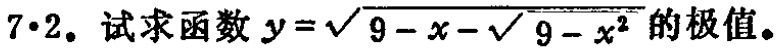
$7\cdot2.$ 试求函数 $y = \sqrt{9 - x} - \sqrt{9 - x^{2}}$ 的极值。